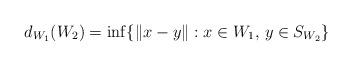
LaTeX: \begin{align*}d_{W_1}(W_2) = \inf\{ \|x - y \| : x \in W_1, \, y \in S_{W_2}\}\end{align*}